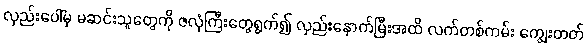
လှည်းပေါ်မှ မဆင်းသူတွေကို ဇလုံကြီးတွေရွက်၍ လှည်းနောက်မြီးအထိ လက်တစ်ကမ်း ကျွေးတတ်